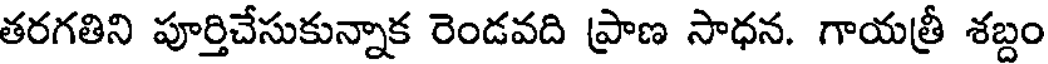
తరగతిని పూర్తిచేసుకున్నాక రెండవది ప్రాణ సాధన. గాయత్రీ శబ్దం